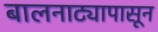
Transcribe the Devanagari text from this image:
बालनाट्यापासून